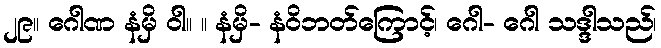
၂၉။ ဂေါဏ နံမှိ ဝါ။ ။ နံမှိ- နံဝိဘတ်ကြောင့်၊ ဂေါ- ဂေါ သဒ္ဒါသည်၊